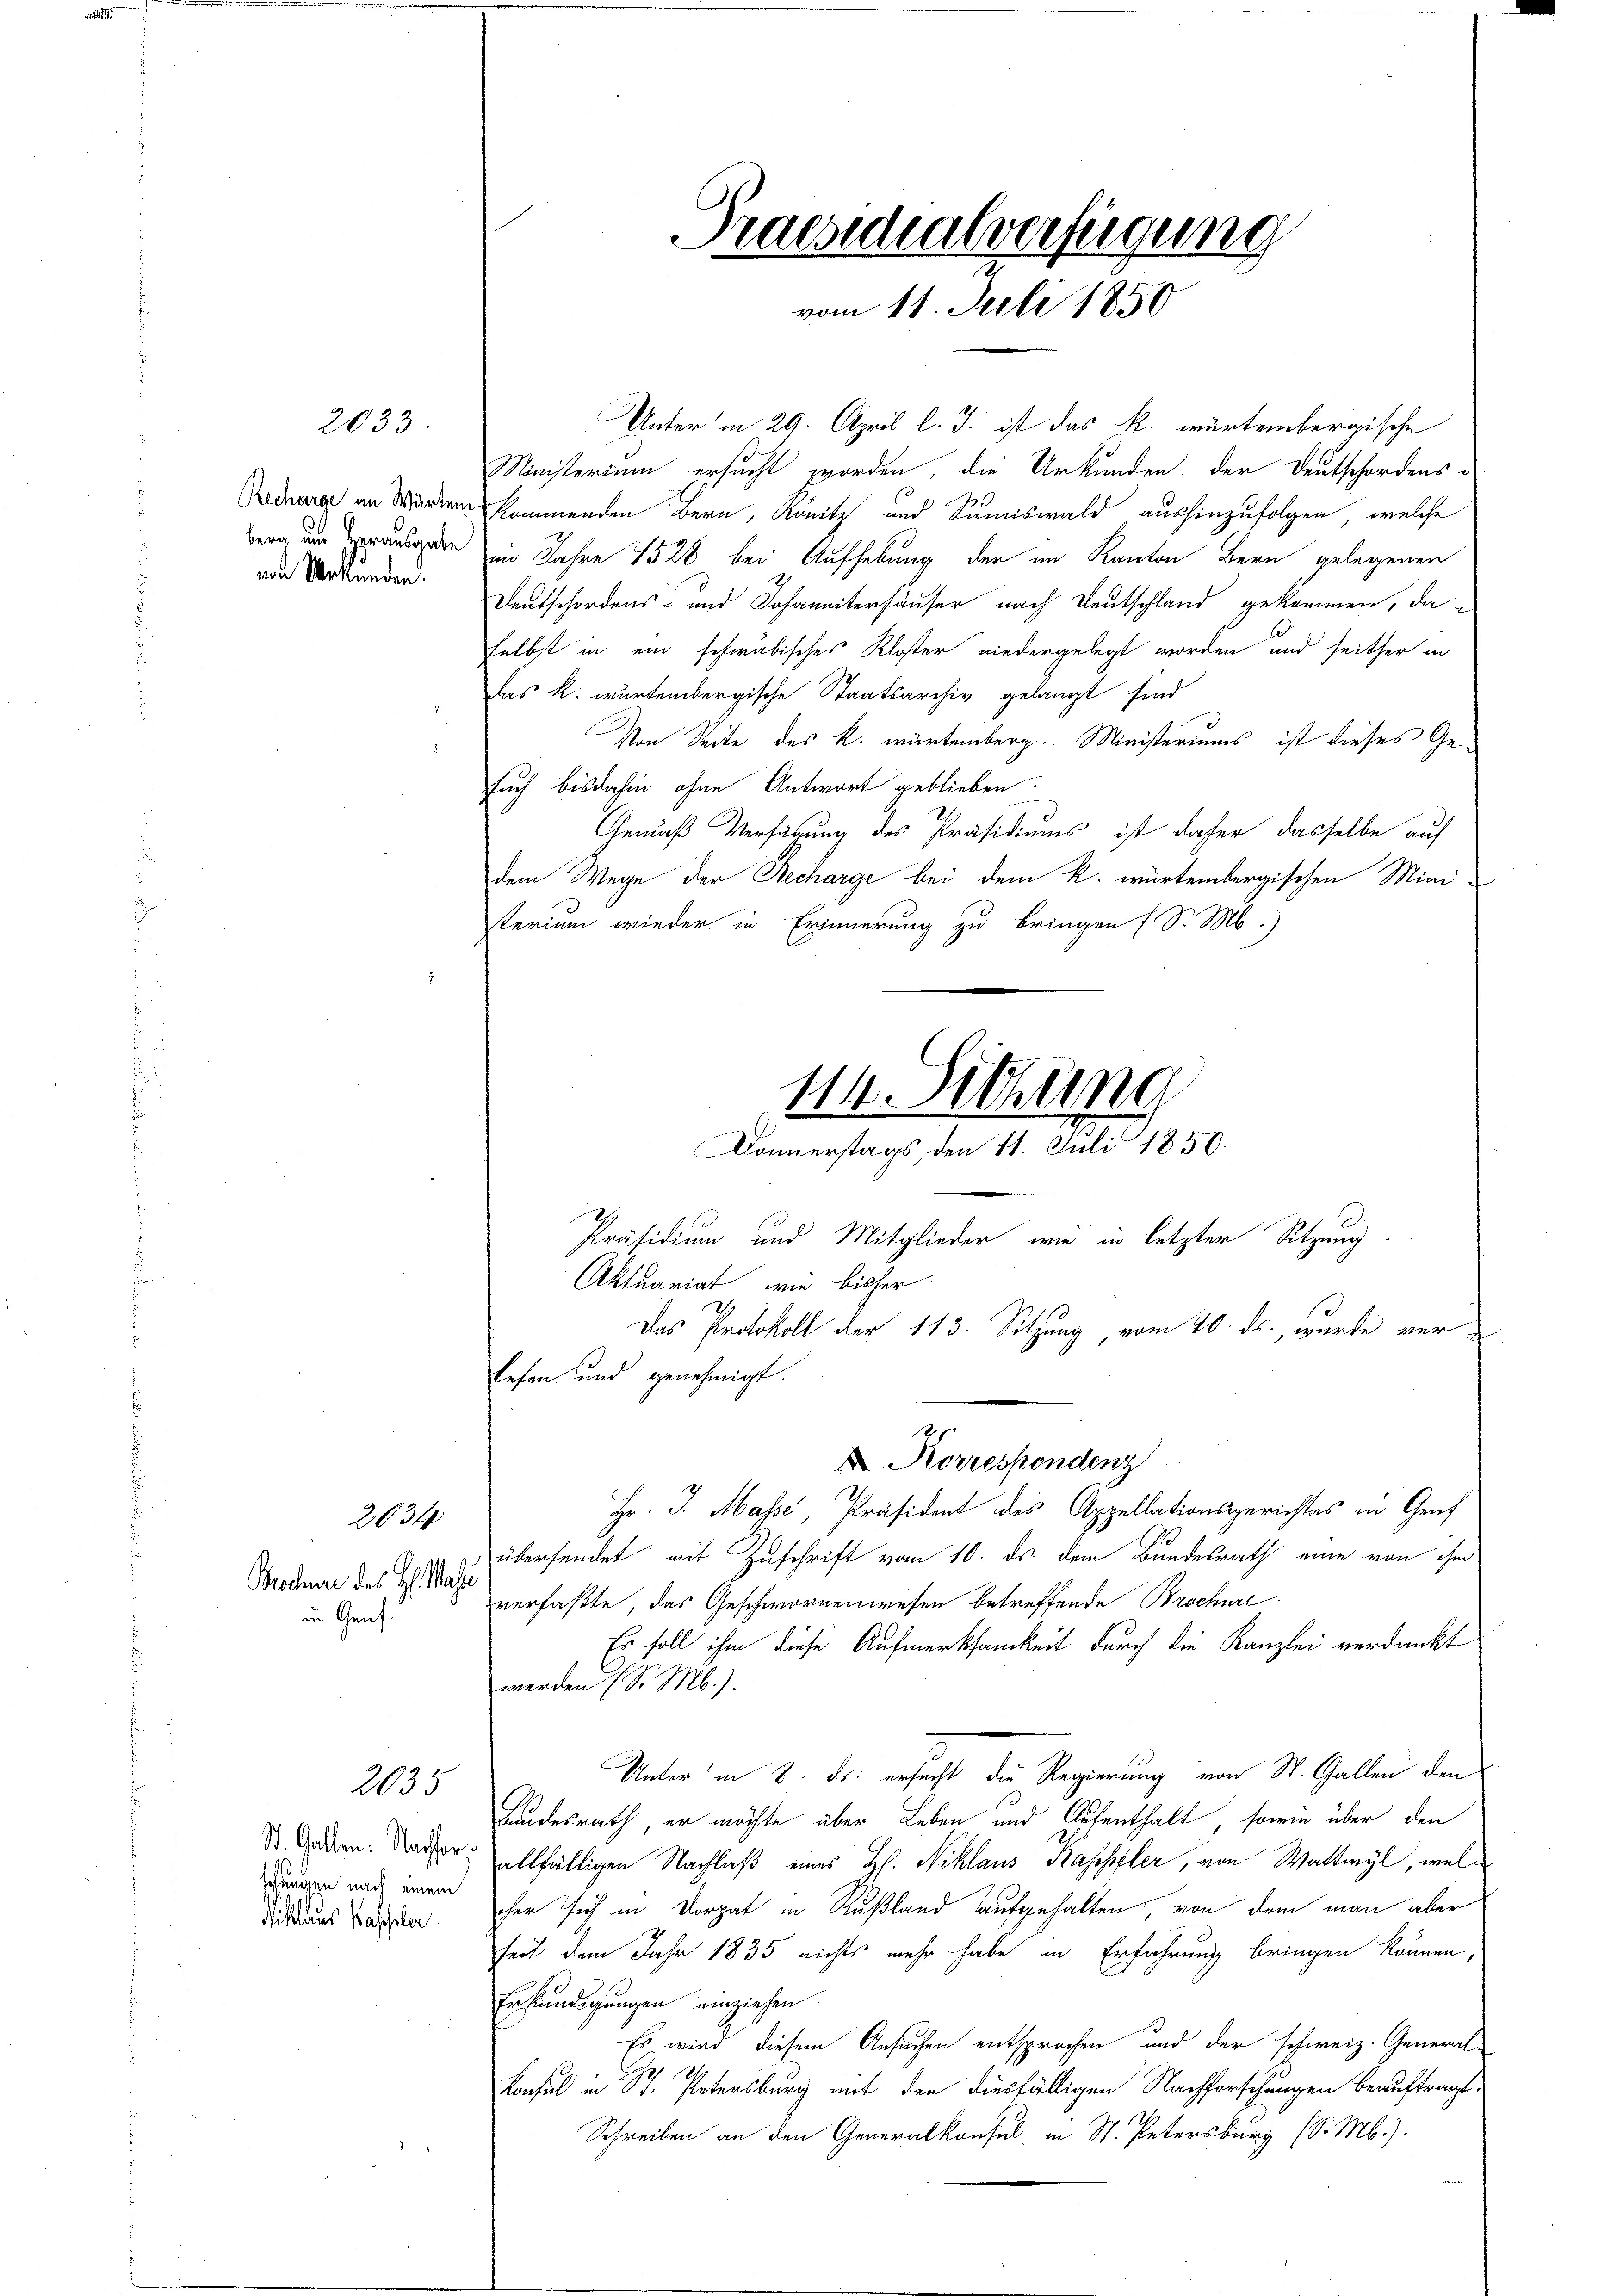
von Urkunden.

2033

Brschie des H. Wass
in Genf.

2034

2035

St. Gallen: Nachforschungen nach einem
Niklaus Kasseler.

Unter in 29. April l. J. ist das k. würtembergische
Ministerium ersucht worden, die Urkunden der Deutschordens-
Dechang an Werden kommenden Bern, Könitz und Summiswald aushinzufolgen, welche
ege im Jahre 1528 bei Aufhebung der im Kanton Bern gelegenen
Deutschordens- und Johannitersäuser nach Deutschland gekommen, da-
Selbst in ein schwäbisches Kloster niedergelegt worden und seither in
das k. würtembergische Staatsarchiv gelangt sind
Von Seite des k. würtemberg. Ministeriums ist dieses Gesuch bisdahin ohne Antwort geblieben
u
Gemäß Verfügung des Präsidiums ist daher dasselbe auf
dem Wege der Recharge bei dem k. würtembergischen Mini-
sterium wieder in Erinnerung zu bringen (S. M.)
114. Sitzung

Praesidialverfügung
vom 11. Juli 1850.

Donnerstags, den 11. Juli 1850.

Lesen und genehmigt.
Hr. J. Masse, Präsident des Appellationsgerichtes in Genf
übersendet mit Zuschrift vom 10. ds. dem Bundesrath eine von ihm
verfaßte, das Geschwornenwesen betreffende Brochüre
Es soll ihm diese Aufmerksamkeit durch die Kanzlei verdankt
werden (S. M.).
Unter in 8. ds. ersucht die Regierung von St. Gallen den
Landesrath, er möchte über Leben und Aufenthalt, sowie über den
allfälligen Nachlaβ eines H. Niklaus Baschfler, von Wattwyl, welher sich in Dorpat in Rußland aufgehalten, von dem man aber
seit dem Jahr 1835 nichts mehr habe in Erfahrung bringen können,
Erkundigungen einziehen.
Es wird diesem Ansuchen entsprochen und der schweiz. General-
Konsul in St. Petersburg mit den diesfälligen Nachforschungen beauftragt
Schreiben an den Generalkonsul, in St. Petersburg (S. M.).

Aktuariat, wie bisher
X Korrespondenz

Präsidium und Mitglieder, wie in letzter Sitzung
Das Protokoll der 113. Sitzung, vom 20. ds., wurde ver¬